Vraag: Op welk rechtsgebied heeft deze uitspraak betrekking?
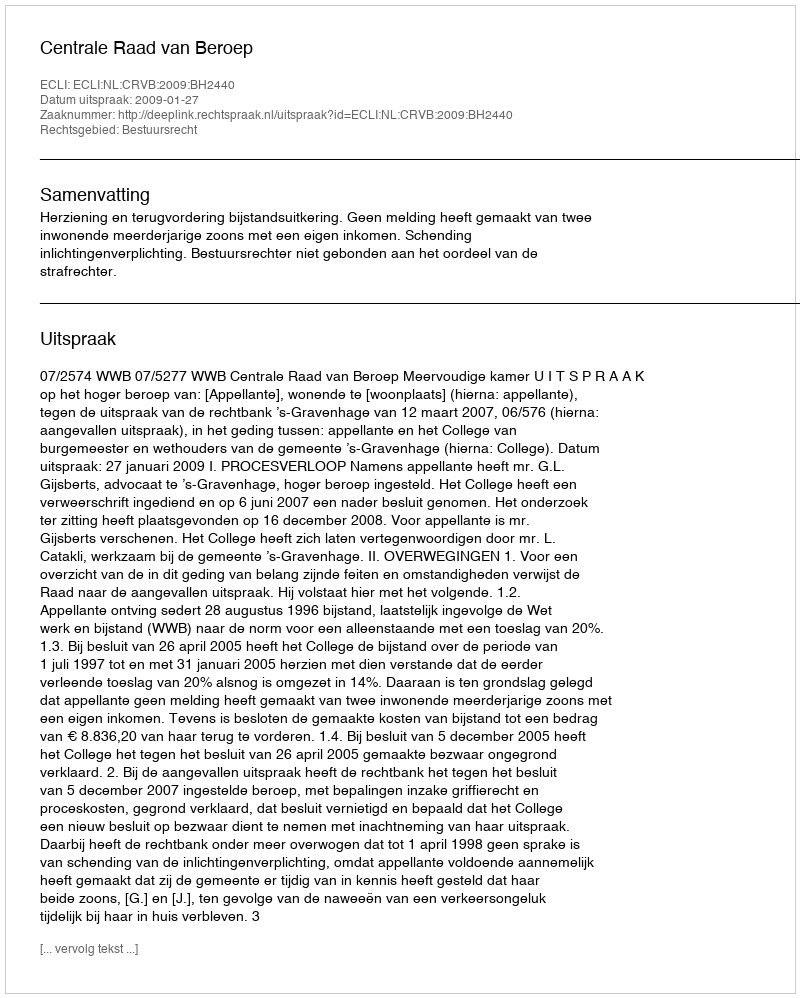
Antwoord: Bestuursrecht